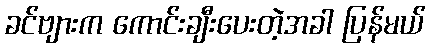
ခင်ဗျားက ကောင်းချီးပေးတဲ့အခါ ပြန်မယ်